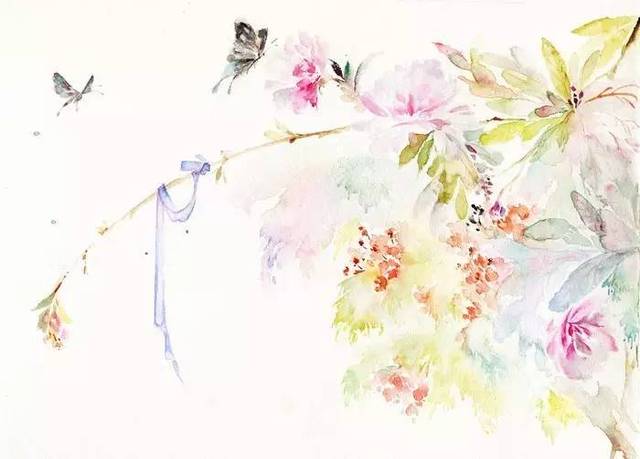
东风袅袅泛崇光，香雾空蒙月转廊。